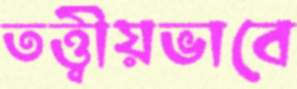
তত্ত্বীয়ভাবে